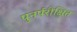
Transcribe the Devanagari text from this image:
पुनर्परीक्षित